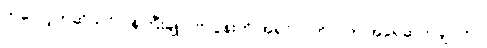
ကဲလော့ကဆိုယင် ဝန်ကြီးချုပ် ဗလွန်းကို အရှင်လတ်လတ် အရေဆုတ်ချင်တာ